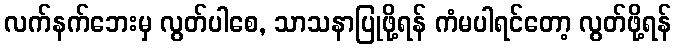
လက်နက်ဘေးမှ လွတ်ပါစေ, သာသနာပြုဖို့ရန် ကံမပါရင်တော့ လွတ်ဖို့ရန်